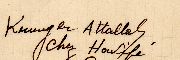
Krougar Attallah